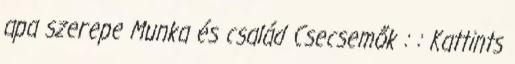
apa szerepe Munka és család Csecsemők : : Kattints